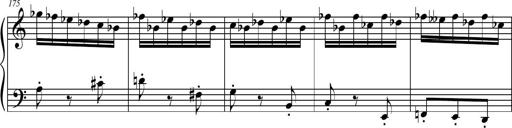
Title: Petite Sonatine
Composer: Richard St. Clair